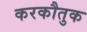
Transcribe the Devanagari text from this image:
करकौतुक